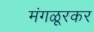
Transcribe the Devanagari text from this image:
मंगळूरकर